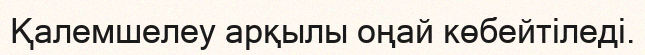
Қалемшелеу арқылы оңай көбейтіледі.